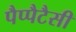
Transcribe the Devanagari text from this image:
पैप्पैटैसी